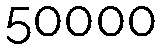
50000